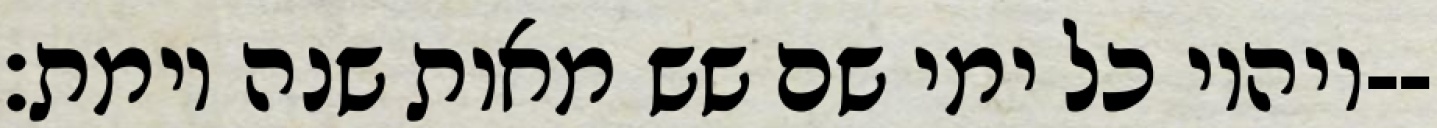
ויהיו כל ימי שם שש מאות שנה וימת׃--